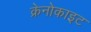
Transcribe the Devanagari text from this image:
क्रेनोकाइट